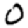
Digit: 0